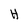
Character: H